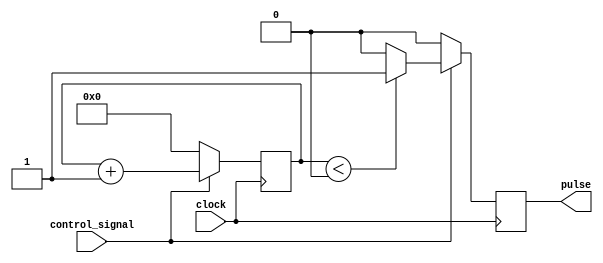
module duty_cycle_pulse_generator(
    input wire control_signal,
    input wire clock,
    output reg pulse
);

reg [15:0] count;
reg duty_cycle = 8'b01100100; // Specify the duty cycle (50%)

always @(posedge clock) begin
    if(control_signal) begin
        count <= count + 1;
        if(count < duty_cycle) begin
            pulse <= 1;
        end else begin
            pulse <= 0;
        end
    end else begin
        count <= 0;
        pulse <= 0;
    end
end

endmodule